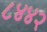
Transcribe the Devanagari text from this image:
८४४२